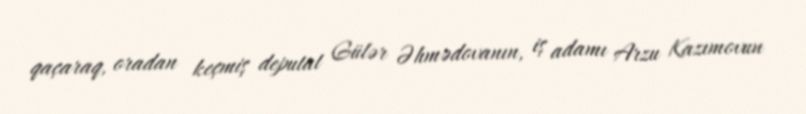
qaçaraq, oradan keçmiş deputat Gülər Əhmədovanın, iş adamı Arzu Kazımovun